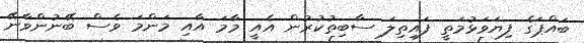
ބައްޕަގެ ފިޔަވަޅުމަތީ ފައިތިލަ ސާބިތުކުރުން އެއީ މާމަ އާއި މަންމަ ވެސް ބޭނުންވާނޭ